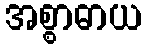
အစ္စာဓာယ